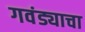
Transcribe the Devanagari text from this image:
गवंड्याचा